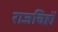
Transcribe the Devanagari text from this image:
राजचिह्रों